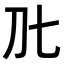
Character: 𭃃